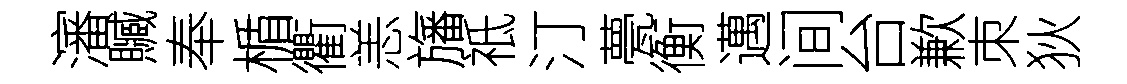
瀋贓奉楯衢恙旛祗汀甍衡邁间台歉朿狄